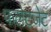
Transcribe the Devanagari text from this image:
फलेटजेट